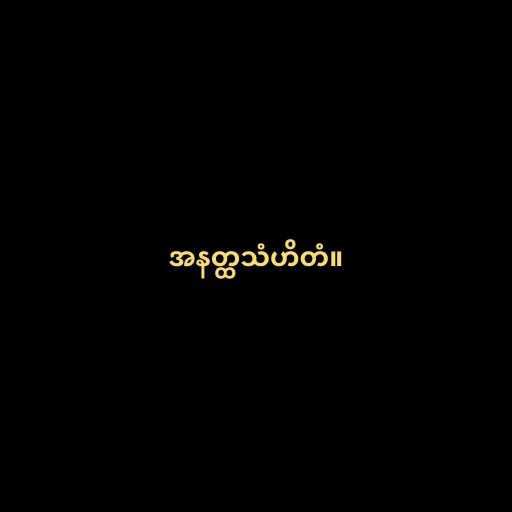
အနတ္ထသံဟိတံ။